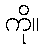
ကို။